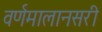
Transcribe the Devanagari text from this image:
वर्णमालानसरी